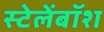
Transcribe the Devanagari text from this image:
स्टेलेंबॉश